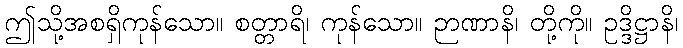
ဤသို့အစရှိကုန်သော။ စတ္တာရိ၊ ကုန်သော။ ဉာဏာနိ၊ တို့ကို။ ဥဒ္ဒိဋ္ဌာနိ၊